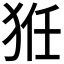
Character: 𤞘